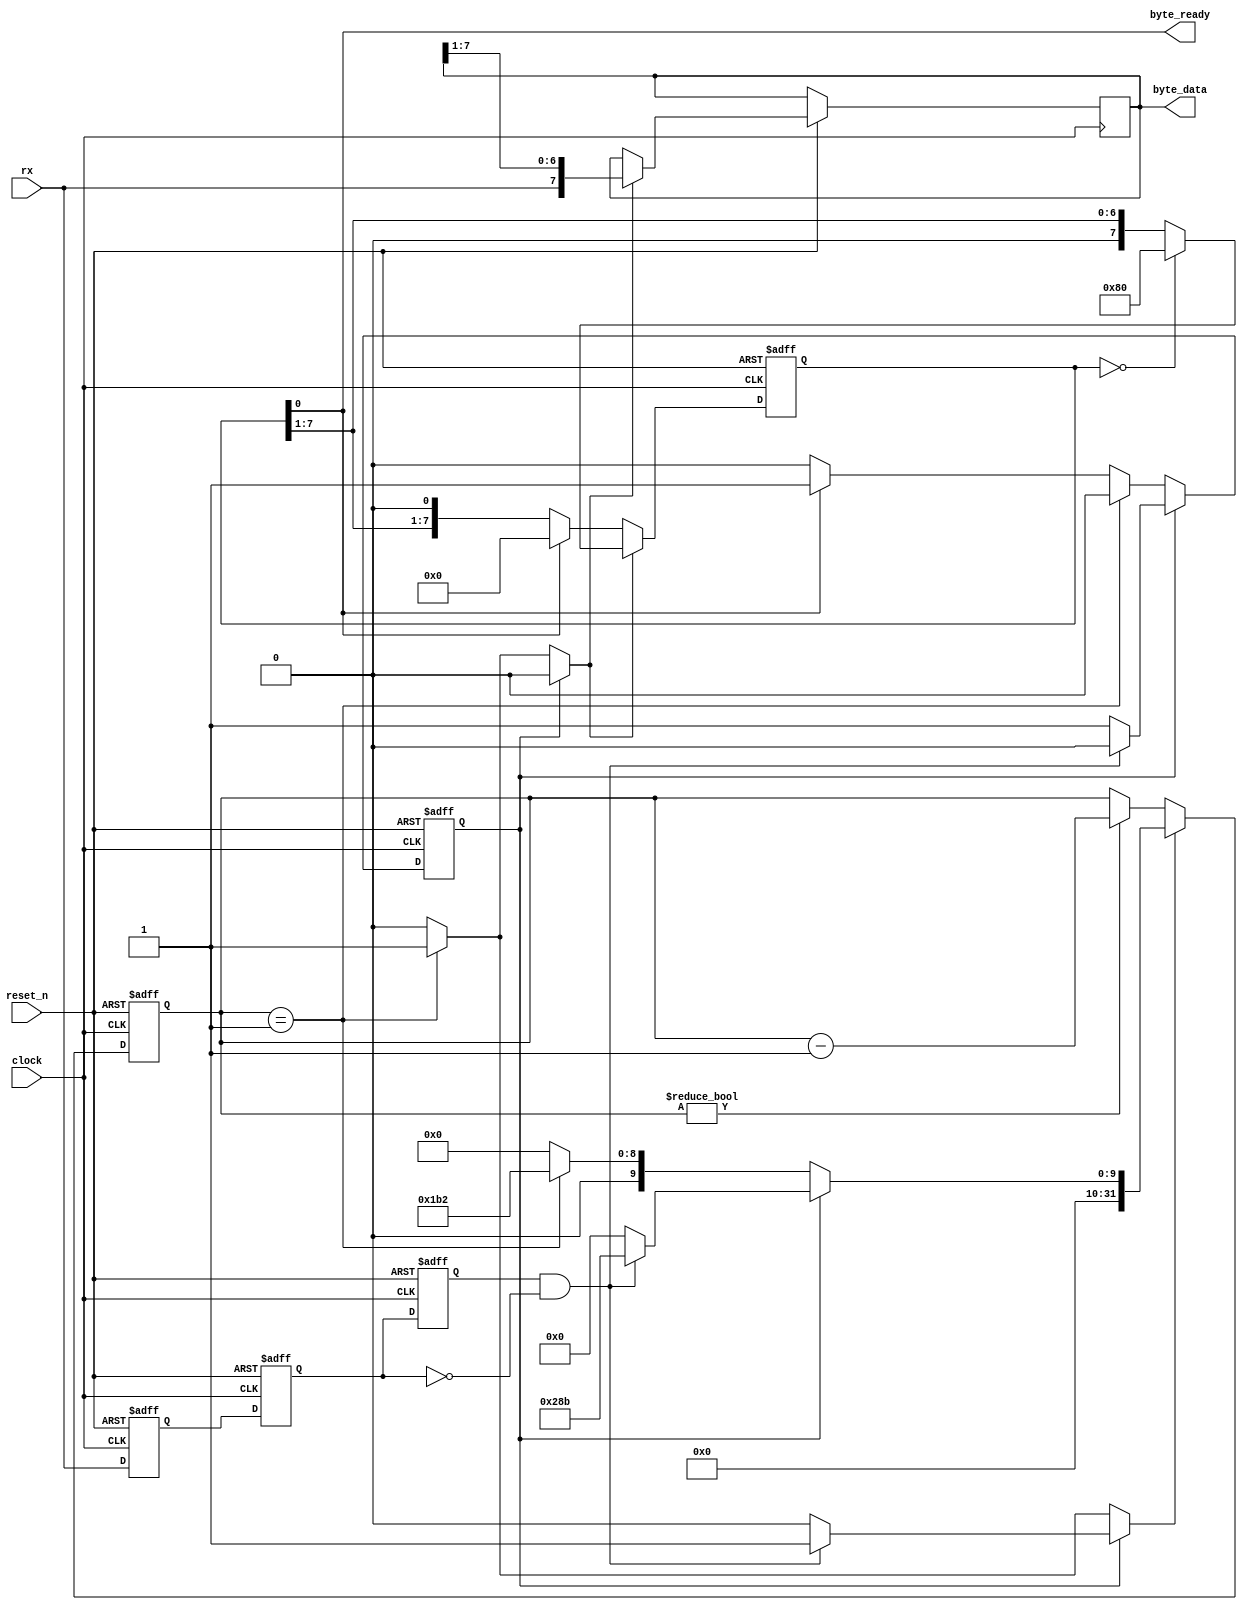
module mfp_uart_receiver
(
    input  clock,
    input  reset_n,
    input  rx,
    output reg [7:0] byte_data,
    output           byte_ready
);

    parameter  clock_frequency        = 50000000;

    parameter  baud_rate              = 115200;
    localparam clock_cycles_in_symbol = clock_frequency / baud_rate;

    // Synchronize rx input to clock
    reg rx_sync1, rx_sync;

    always @(posedge clock or negedge reset_n)
    begin
        if (~reset_n)
        begin
            rx_sync1 <= 1;
            rx_sync  <= 1;
        end
        else
        begin
            rx_sync1 <= rx;
            rx_sync  <= rx_sync1;
        end
    end

    // Finding edge for start bit

    reg prev_rx_sync;

    always @(posedge clock or negedge reset_n)
    begin
        if (~reset_n)
            prev_rx_sync <= 1;
        else
            prev_rx_sync <= rx_sync;
    end

    wire start_bit_edge = prev_rx_sync & ! rx_sync;

    // Counter to measure distance between symbols

    reg [31:0] counter;
    reg        load_counter;
    reg [31:0] load_counter_value;

    always @(posedge clock or negedge reset_n)
    begin
        if (~reset_n)
            counter <= 0;
        else if (load_counter)
            counter <= load_counter_value;
        else if (counter != 0)
            counter <= counter - 1;
    end

    wire counter_done = counter == 1;

    // Shift register to accumulate data

    reg       shift;
    reg [7:0] shifted_1;
    assign    byte_ready = shifted_1 [0];

    always @(posedge clock or negedge reset_n)
    begin
        if (~reset_n)
        begin
            shifted_1 <= 0;
        end
        else if (shift)
        begin
            if (shifted_1 == 0)
                shifted_1 <= 8'b10000000;
            else
                shifted_1 <= shifted_1 >> 1;

            byte_data <= { rx, byte_data [7:1] };
        end
        else if (byte_ready)
        begin
            shifted_1 <= 0;
        end
    end

    reg idle, idle_r;

    always @(*)
    begin
        idle  = idle_r;
        shift = 0;

        load_counter        = 0;
        load_counter_value  = 0;

        if (idle)
        begin
            if (start_bit_edge)
            begin
                load_counter       = 1;
                load_counter_value = clock_cycles_in_symbol * 3 / 2;
           
                idle = 0;
            end
        end
        else if (counter_done)
        begin
            shift = 1;

            load_counter       = 1;
            load_counter_value = clock_cycles_in_symbol;
        end
        else if (byte_ready)
        begin
            idle = 1;
        end
    end

    always @(posedge clock or negedge reset_n)
    begin
        if (~reset_n)
            idle_r <= 1;
        else
            idle_r <= idle;
    end

endmodule